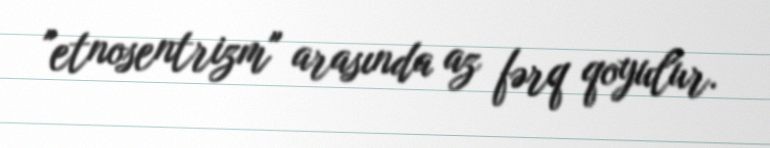
"etnosentrizm" arasında az fərq qoyulur.